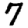
Digit: 7